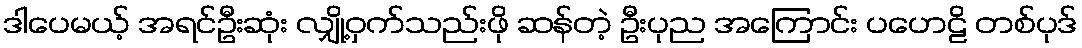
ဒါပေမယ့် အရင်ဦးဆုံး လျှို့ဝှက်သည်းဖို ဆန်တဲ့ ဦးပုည အကြောင်း ပဟေဠိ တစ်ပုဒ်